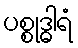
ပစ္စုဒ္ဓါရံ